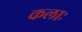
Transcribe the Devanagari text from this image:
कलाः